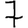
Digit: 7